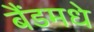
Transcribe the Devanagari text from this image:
बैंडमधे